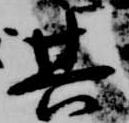
其